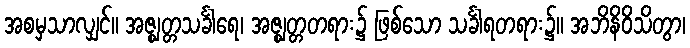
အစမှသာလျှင်။ အဇ္ဈတ္တသင်္ခါရေ၊ အဇ္ဈတ္တတရား၌ ဖြစ်သော သင်္ခါရတရား၌။ အဘိနိဝိသိတွာ၊